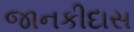
જાનકીદાસ